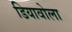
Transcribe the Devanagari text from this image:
डियावोला